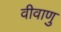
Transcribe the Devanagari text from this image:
वीवाणु